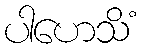
ပါဟေသိံ